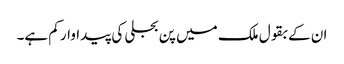
ان کے بقول ملک میں پن بجلی کی پیداوار کم ہے۔